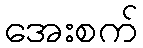
အေးစက်